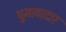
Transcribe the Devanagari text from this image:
घुमावादार